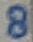
Text: 8